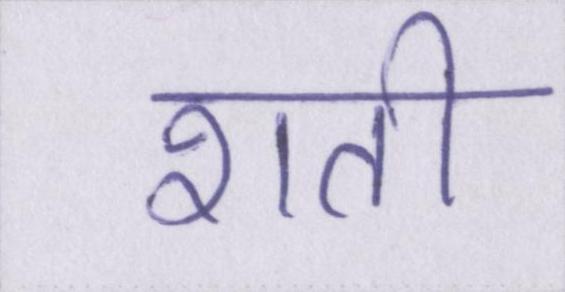
शती